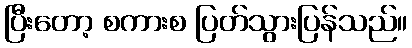
ပြီးတော့ စကားစ ပြတ်သွားပြန်သည်။